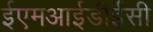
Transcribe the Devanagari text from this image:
ईएमआईडीईसी